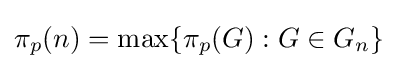
\pi _{p}(n)=\max\{\pi _{p}(G):G\in G_{n}\}